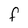
Character: F